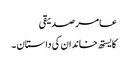
عامر صدیقی
کایستھ خاندان کی داستان ۔